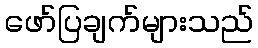
ဖော်ပြချက်များသည်